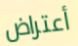
أعتراض